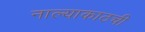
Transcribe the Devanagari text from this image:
नाल्याकाठची